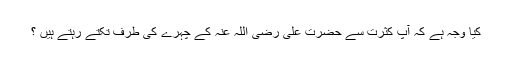
کیا وجہ ہے کہ آپ کثرت سے حضرت علی رضی اللہ عنہ کے چہرے کی طرف تکتے رہتے ہیں ؟